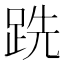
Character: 跣